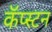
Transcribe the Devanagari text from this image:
कॅप्स्टन